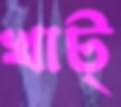
খাট্